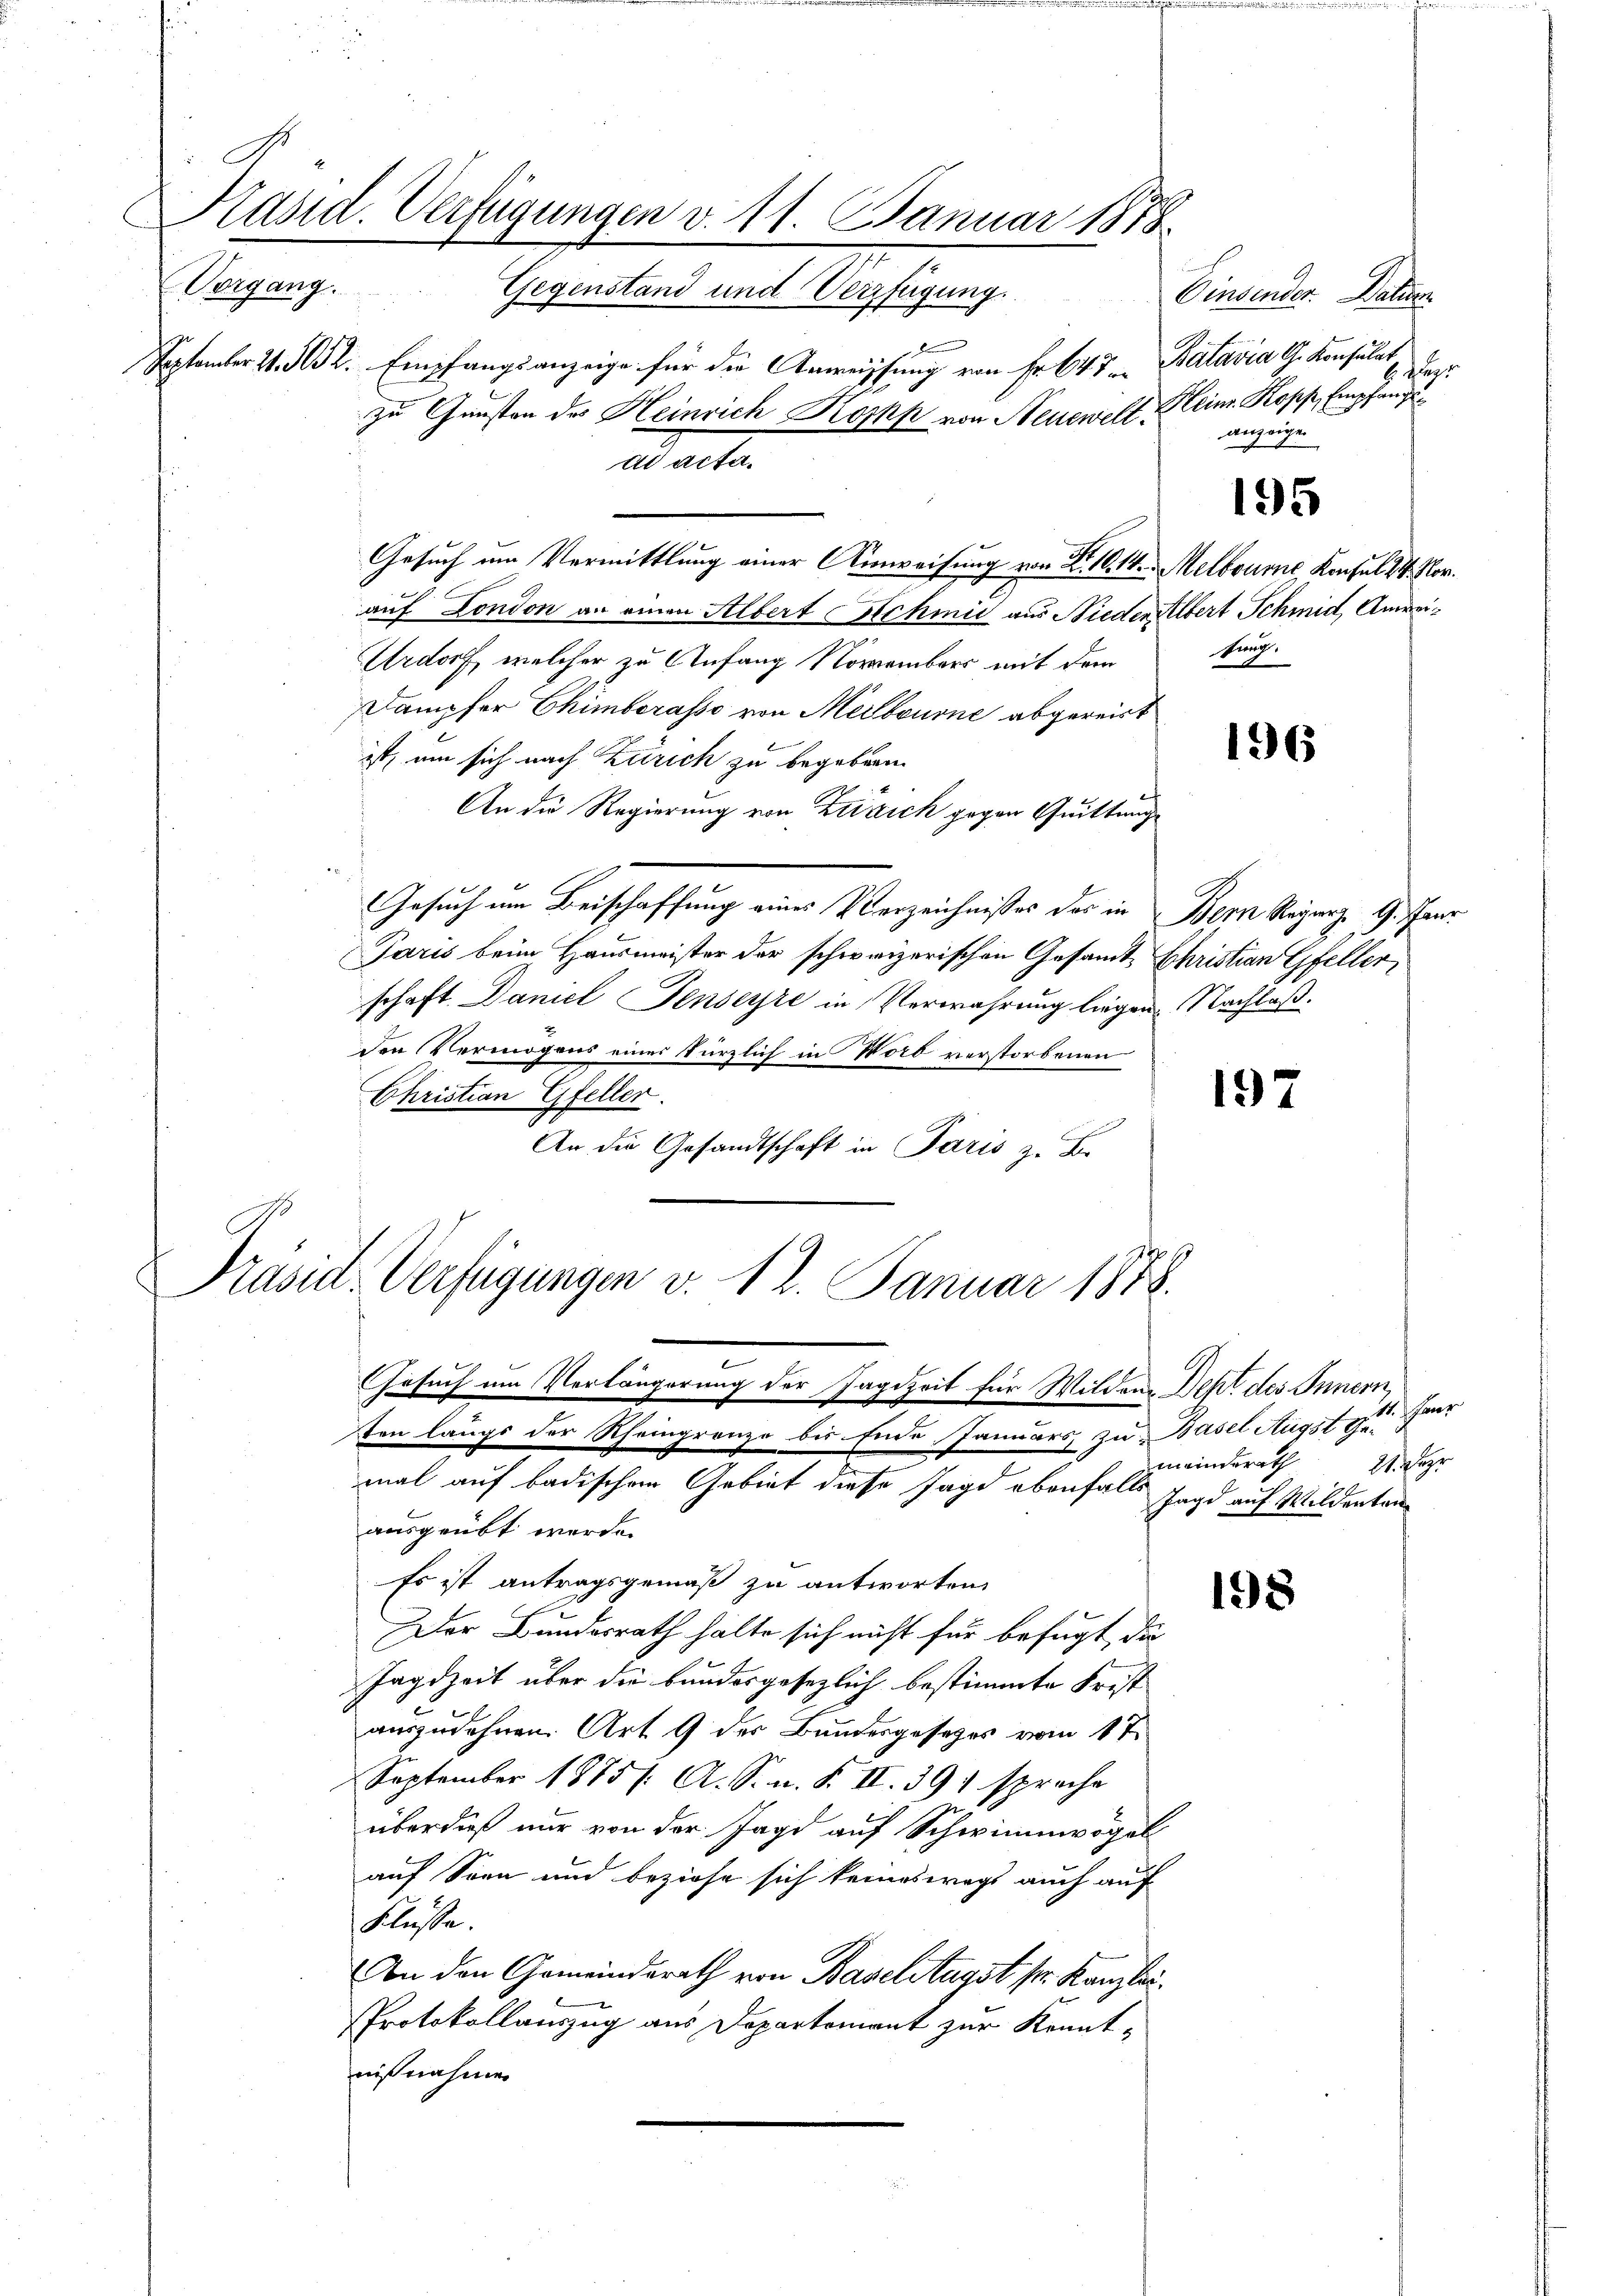
Präsid. Verfügungen v. 11. Januar 1818.
r
Vorgang. Gegenstand und Verfügung.
September 1. 152. Empfangsanzeige für die Anweissung von Fr. 647. Batavia G. Konsulat
zu Gunsten des Heinrich Korkh von Neueweltd acta.

Gesuch um Vermittlung einer Umweisung von Fr. 10. 14. Melbourne, Konsul 24. Nov.
kammer
auf London an einen Albert Schmid aus Nieder Albert Schmid, Anrei¬
Urdorf, welcher zu Anfang Novembers mit dem
Dampfer Chimborasso von Melbourne abgereit
ist, um sich nach Zürich zu begeben.
An die Regierung von Zusich gegen Quittung
Gesuch um Beischaffung eines Verzeichnisses das in Bern Regung. 9. Janr
Paris beim Hausmeister der schweizerischen Gesamts Christian Gfeller,
schaft Daniel enserste in Verwahrung liegen. Nachlaß.
Den Vermögens eines kürzlich in Worb verstorbenen
Christian Gfeller.
An die Gesandtschaft in Paris z. B.

Prasit-Verfügungen v. 12. Januar 1878.
Gesuch um Verlängerung der Jagdzeit für Wilder Dekt des Innern,
ten längs der Rheingrenze bis Ende Januars zu Basel Augst gemal auf badischem Gebiet diese Jagd ebenfalls Jagd auf Milderten

ausgeübt werde.
Es ist antragsgemäß zu antworten,
Der Bundesrath halte sich nicht für befugt, die
Jagdzeit über die bundesgesezlich bestimmte Frest
auszudehnen. Art. 9 der Bundesgesetzes vom 1te
September 1875 /: A. S. n. F. II. 391 spreche
überdieß nur von der Jagd auf Schwimmvögel
auf Sonn und beziehe sich keineswegs auch auf
Flüsse.
An den Gemeindsrath von Baselstagst pr. Kanzlei.
Protokollauszug aus Departement zur Kennt-
nißnahmen

Oinsender. Datum
7 ha
Heim Kopp, Empfangs
anzeigen

195

funt.

196

197

1. Herr
meinderath 21 Jahr

198